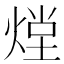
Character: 𭵏